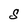
Character: S